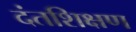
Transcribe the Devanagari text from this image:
दंतशिक्षण